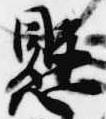
懸